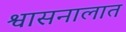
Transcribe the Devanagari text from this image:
श्वासनालात